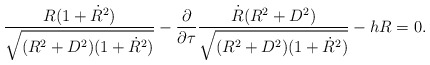
\begin{align*}\frac{R(1+{\dot R}^2)}{\sqrt{(R^2+D^2)(1+{\dot R}^2)}}-\frac{\partial}{\partial\tau}\frac{{\dot R}(R^2+D^2)}{\sqrt{(R^2+D^2)(1+{\dot R}^2)}}-hR =0.\end{align*}